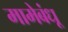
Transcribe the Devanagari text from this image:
मामेबंधू